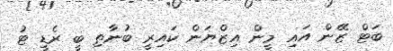
ބަޓް ޒޭން އައި މީން އިޒްޔަން ކައިރީ ބުނާތި ބީ ރެޑީ ޓު